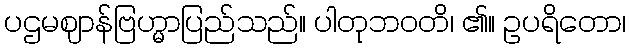
ပဌမဈာန်ဗြဟ္မာပြည်သည်။ ပါတုဘဝတိ၊ ၏။ ဥပရိတော၊